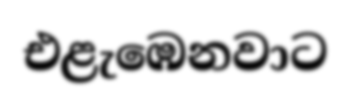
එළැඹෙනවාට